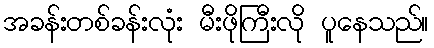
အခန်းတစ်ခန်းလုံး မီးဖိုကြီးလို ပူနေသည်။